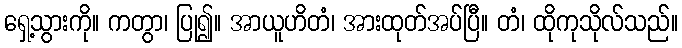
ရှေ့သွားကို။ ကတွာ၊ ပြု၍။ အာယူဟိတံ၊ အားထုတ်အပ်ပြီ။ တံ၊ ထိုကုသိုလ်သည်။